Indian journal of veterinary science and animal husbandry - Volume 8,
Year: 1938
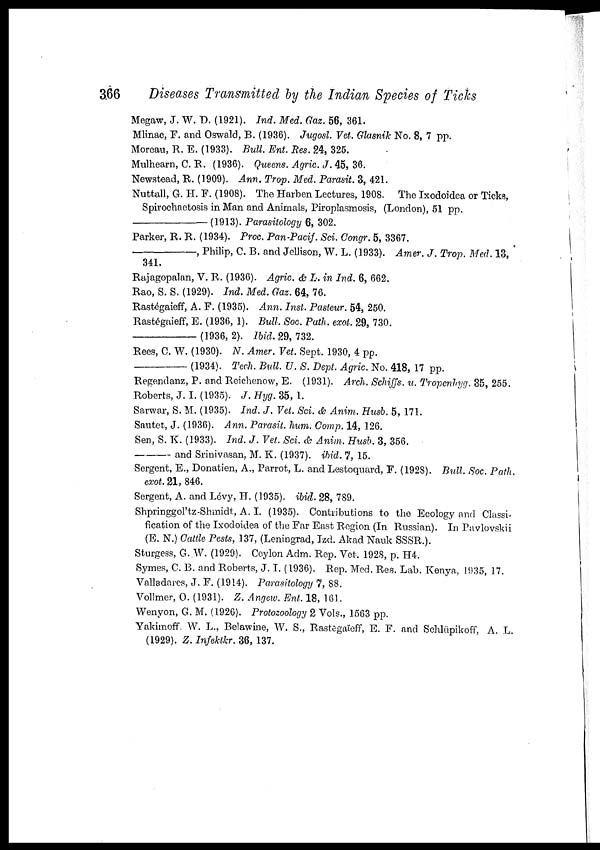
366
Diseases Transmitted by the Indian Species of Ticks
Megaw, J. W. D. (1921). Ind. Med. Gaz. 56, 361.
Mlinac, F. and Oswald, B. (1936). Jugosl. Vet. Glasnik No. 8, 7 pp.
Moreau, R. E. (1933). Bull. Ent. Res. 24, 325.
Mulhearn, C. R. (1936). Queens. Agric. J. 45, 36.
Newstead, R. (1909). Ann. Trop. Med. Parasit. 3, 421.
Nuttall, G. H. F. (1908). The Harben Lectures, 1908. The Ixodoidea or Ticks,
Spirochaetosis in Man and Animals, Piroplasmosis, (London), 51 pp.
— (1913). Parasitology 6, 302.
Parker, R. R. (1934). Proc. Pan-Pacif. Sci. Congr. 5, 3367.
—,
Philip, C. B. and Jellison, W. L. (1933). Amer. J. Trop. Med. 13,
341.
Rajagopalan, V. R. (1936). Agric. & L. in Ind. 6, 662.
Rao, S. S. (1929). Ind. Med. Gaz. 64, 76.
Rastégaieff, A. F. (1935). Ann. Inst. Pasteur. 54, 250.
Rastégaieff, E. (1936, 1). Bull. Soc. Path. exot. 29, 730.
—(1936,
2). Ibid. 29, 732.
Rees, C. W. (1930). N. Amer. Vet. Sept. 1930, 4 pp.
—(1934).
Tech. Bull. U. S. Dept. Agric. No. 418, 17 pp.
Regendanz, P. and Reichenow, E. (1931). Arch. Schiffs. u. Tropenhyg. 35, 255.
Roberts, J. I. (1935). J. Hyg. 35, 1.
Sarwar, S. M. (1935). Ind. J. Vet. Sci. & Anim. Husb. 5, 171.
Sautet, J. (1936). Ann. Parasit. hum. Comp. 14, 126.
Sen, S. K. (1933). Ind. J. Vet. Sci. & Anim. Husb. 3, 356.
—and
Srinivasan, M. K. (1937). ibid. 7, 15.
Sergent, E., Donatien, A., Parrot, L. and Lestoquard, F. (1928). Bull. Soc. Path.
exot. 21, 846.
Sergent, A. and Lévy, H. (1935). ibid. 28, 789.
Shpringgol'tz-Shmidt, A. I. (1935). Contributions to the Ecology and Classi-
fication of the Ixodoidea of the Far East Region (In Russian). In Pavlovskii
(E. N.) Cattle Pests, 137, (Leningrad, Izd. Akad Nauk SSSR.).
Sturgess, G.W. (1929). Ceylon Adm. Rep. Vet. 1928, p. H4.
Symes, C. B. and Roberts, J. I. (1936). Rep. Med. Res. Lab. Kenya, 1935, 17.
Valladares, J. F. (1914). Parasitology 7, 88.
Vollmer, O. (1931). Z. Angew. Ent. 18, 161.
Wenyon, G. M. (1926). Protozoology 2 Vols., 1563 pp.
Yakimoff, W. L., Belawine, W. S., Rastegaieff, E. F. and Schlüpikoff, A. L.
(1929). Z. Infektkr. 36, 137.